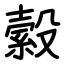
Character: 縠